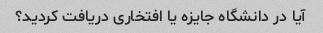
آیا در دانشگاه جایزه یا افتخاری دریافت کردید؟